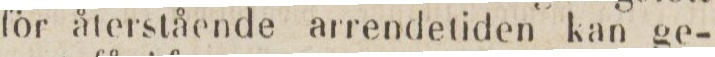
för återstående arrendetiden kan ge-